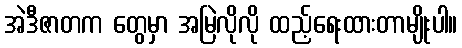
အဲဒီဇာတက တွေမှာ အမြဲလိုလို ထည့်ရေးထားတာမျိုးပါ။